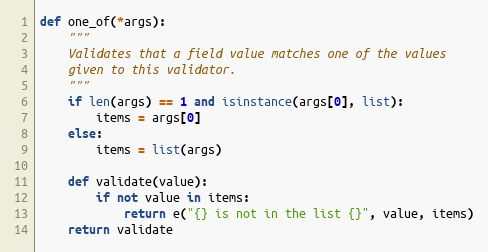
Language: Python
def one_of(*args):
    """
    Validates that a field value matches one of the values
    given to this validator.
    """
    if len(args) == 1 and isinstance(args[0], list):
        items = args[0]
    else:
        items = list(args)

    def validate(value):
        if not value in items:
            return e("{} is not in the list {}", value, items)
    return validate